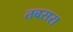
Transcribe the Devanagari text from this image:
तबसरा